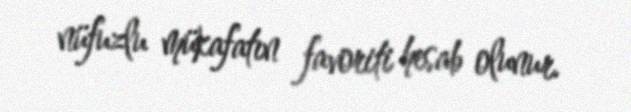
nüfuzlu mükafatın favoriti hesab olunur.